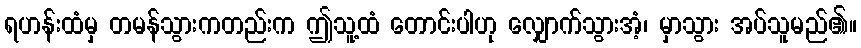
ရဟန်းထံမှ တမန်သွားကတည်းက ဤသူ့ထံ တောင်းပါဟု လျှောက်သွားအံ့၊ မှာသွား အပ်သူမည်၏။